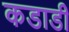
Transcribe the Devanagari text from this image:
कडाडी